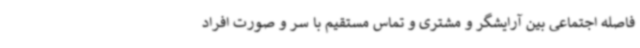
فاصله اجتماعی بین آرایشگر و مشتری و تماس مستقیم با سر و صورت افراد